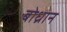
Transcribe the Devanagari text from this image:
बोध्रान